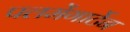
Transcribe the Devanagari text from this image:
पलमेंगार्टेन